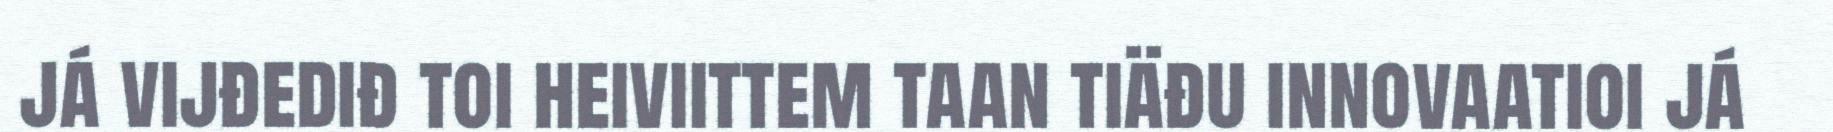
já vijđediđ toi heiviittem taan tiäđu innovaatioi já